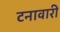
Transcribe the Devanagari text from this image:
टनावारी